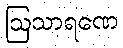
ဩသာရဏေ